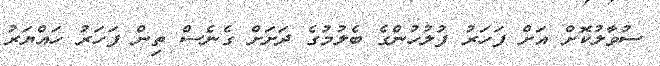
ސުވާލުކޮށް އަށް ފަހަރު ފުލުހުންގެ ބެލުމުގެ ދަށަށް ގެނެސް ތިން ފަހަރު ހައްޔަރު